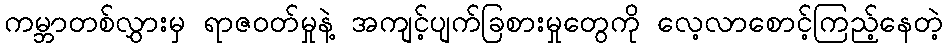
ကမ္ဘာတစ်လွှားမှ ရာဇဝတ်မှုနဲ့ အကျင့်ပျက်ခြစားမှုတွေကို လေ့လာစောင့်ကြည့်နေတဲ့